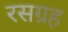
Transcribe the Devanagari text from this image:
रसग्रह